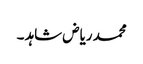
محمد ریاض شاہد ۔